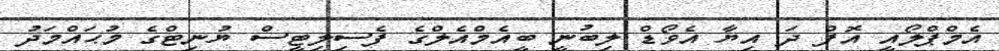
އެމްޕްލޯއީ އޮފް ދަ އިޔާ އެވޯޑް ލިބުނީ ބީއެމްއެލްގެ ފެސިލިޓީސް ޔުނިޓްގެ މުޙައްމަދު